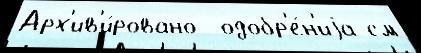
Арх'ив'и́ровано  одобр'е́н'иjа см